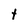
Character: t